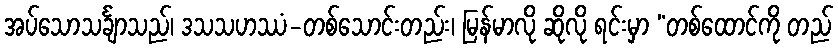
အပ်သောသင်္ချာသည်၊ ဒသသဟဿံ-တစ်သောင်းတည်း၊ မြန်မာလို ဆိုလို ရင်းမှာ “တစ်ထောင်ကို တည်